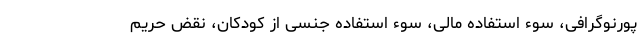
پورنوگرافی، سوء استفاده مالی، سوء استفاده جنسی از کودکان، نقض حریم